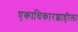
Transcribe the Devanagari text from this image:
एकाधिकारशाहीला